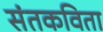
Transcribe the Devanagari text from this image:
संतकविता